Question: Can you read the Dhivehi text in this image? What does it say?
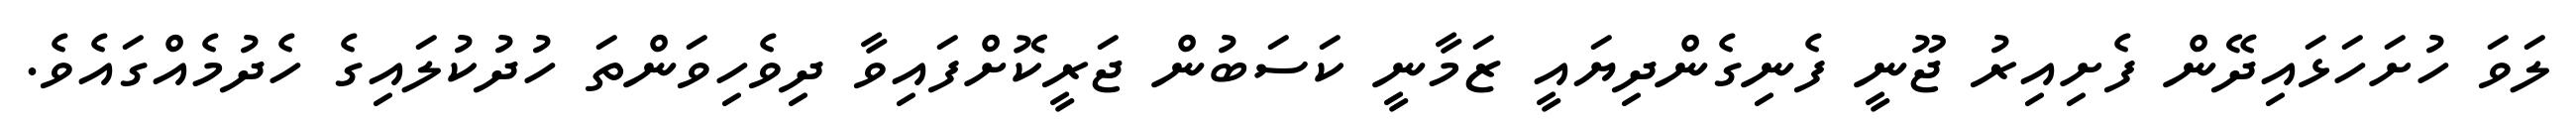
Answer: ލަވަ ހުށަހަޅައިދޭން ފެށިއިރު ޖޫނީ ފެނިގެންދިޔައީ ޒަމާނީ ކަސަބުން ޖަރީކޮށްފައިވާ ދިވެހިވަންތަ ހުދުކުލައިގެ ހެދުމެއްގައެވެ.